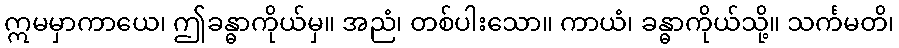
ဣမမှာကာယေ၊ ဤခန္ဓာကိုယ်မှ။ အညံ၊ တစ်ပါးသော။ ကာယံ၊ ခန္ဓာကိုယ်သို့။ သင်္ကမတိ၊